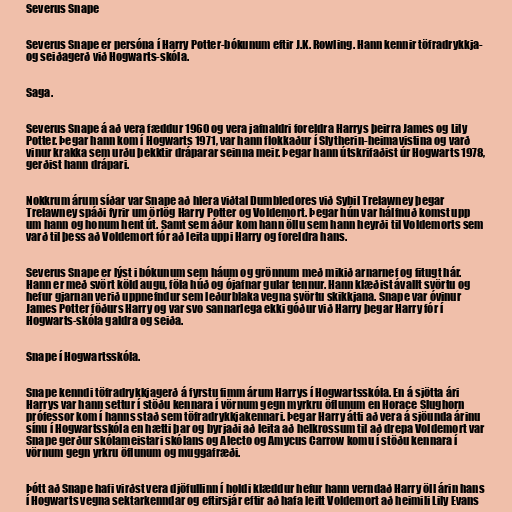
Severus Snape

Severus Snape er persóna í Harry Potter-bókunum eftir J.K. Rowling. Hann kennir töfradrykkja-
og seiðagerð við Hogwarts-skóla.

Saga.

Severus Snape á að vera fæddur 1960 og vera jafnaldri foreldra Harrys þeirra James og Lily
Potter. Þegar hann kom í Hogwarts 1971, var hann flokkaður í Slytherin-heimavistina og varð
vinur krakka sem urðu þekktir dráparar seinna meir. Þegar hann útskrifaðist úr Hogwarts 1978,
gerðist hann drápari.

Nokkrum árum síðar var Snape að hlera viðtal Dumbledores við Sybil Trelawney þegar
Trelawney spáði fyrir um örlög Harry Potter og Voldemort. Þegar hún var hálfnuð komst upp
um hann og honum hent út. Samt sem áður kom hann öllu sem hann heyrði til Voldemorts sem
varð til þess að Voldemort fór að leita uppi Harry og foreldra hans.

Severus Snape er lýst i bókunum sem háum og grönnum með mikið arnarnef og fitugt hár.
Hann er með svört köld augu, föla húð og ójafnar gular tennur. Hann klæðist ávallt svörtu og
hefur gjarnan verið uppnefndur sem leðurblaka vegna svörtu skikkjana. Snape var óvinur
James Potter föðurs Harry og var svo sannarlega ekki góður við Harry þegar Harry fór í
Hogwarts-skóla galdra og seiða.

Snape í Hogwartsskóla.

Snape kenndi töfradrykkjagerð á fyrstu fimm árum Harrys í Hogwartsskóla. En á sjötta ári
Harrys var hann settur í stöðu kennara í vörnum gegn myrkru öflunum en Horace Slughorn
prófessor kom í hanns stað sem töfradrykkjakennari. Þegar Harry átti að vera á sjöunda árinu
sínu í Hogwartsskóla en hætti þar og byrjaði að leita að helkrossum til að drepa Voldemort var
Snape gerður skólameistari skólans og Alecto og Amycus Carrow komu í stöðu kennara í
vörnum gegn yrkru öflunum og muggafræði.

Þótt að Snape hafi virðst vera djöfullinn í holdi klæddur hefur hann verndað Harry öll árin hans
í Hogwarts vegna sektarkenndar og eftirsjár eftir að hafa leitt Voldemort að heimili Lily Evans